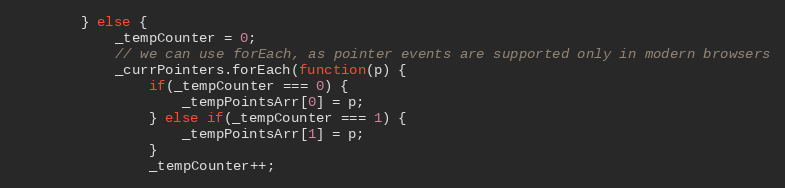
Language: JavaScript
		} else {
			_tempCounter = 0;
			// we can use forEach, as pointer events are supported only in modern browsers
			_currPointers.forEach(function(p) {
				if(_tempCounter === 0) {
					_tempPointsArr[0] = p;
				} else if(_tempCounter === 1) {
					_tempPointsArr[1] = p;
				}
				_tempCounter++;